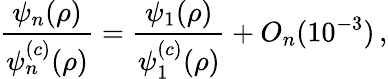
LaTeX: \frac{\psi_{n}(\rho)}{\psi_{n}^{(c)}(\rho)}=\frac{\psi_{1}(\rho)}{\psi_{1}^{(c)}(\rho)}+O_{n}(10^{-3})\, ,